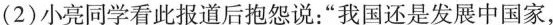
(2)小亮同学看此报道后抱怨说：”我国还是发展中国家，